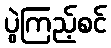
ပွဲကြည့်စင်